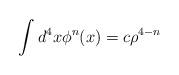
LaTeX: \begin{align*}\int d^4x\phi ^{n}(x)=c\rho^{4-n}\end{align*}